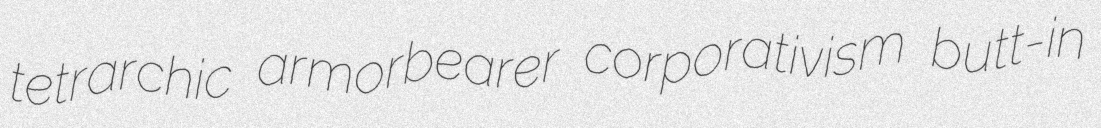
tetrarchic armorbearer corporativism butt-in